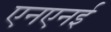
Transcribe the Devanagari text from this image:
एनएनई